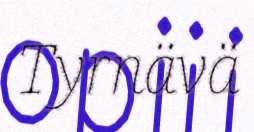
Tyrnävä